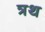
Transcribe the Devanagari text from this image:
त्रथ